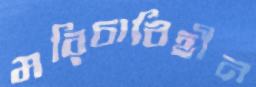
মরিচাবিহীন